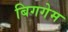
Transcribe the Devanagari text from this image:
बिगगेम